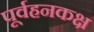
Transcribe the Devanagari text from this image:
पूर्वहनकक्ष